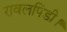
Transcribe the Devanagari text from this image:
रावलपिंडी।